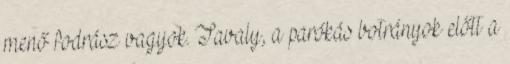
menő fodrász vagyok. Tavaly, a parókás botrányok előtt a